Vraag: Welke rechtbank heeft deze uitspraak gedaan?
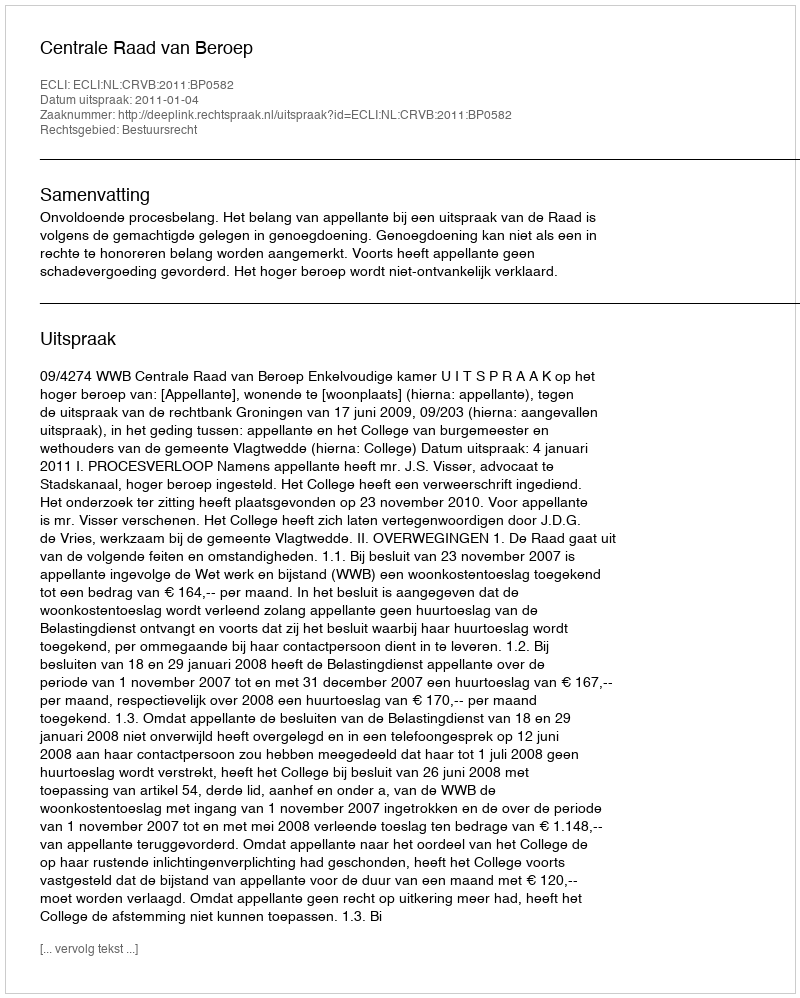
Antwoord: Centrale Raad van Beroep